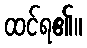
ထင်ရ၏။